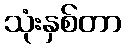
သုံးနှစ်တာ